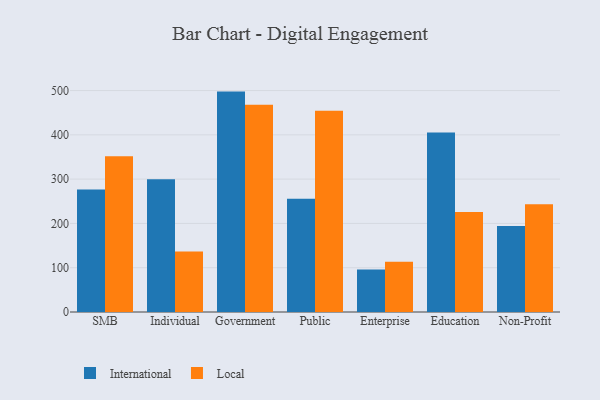
{"axis": {"x": "Segment", "y": "Production Output"}, "legend": ["International", "Local"], "data": [{"x": "SMB", "y": 276.4, "type": "International"}, {"x": "SMB", "y": 351.9, "type": "Local"}, {"x": "Individual", "y": 299.7, "type": "International"}, {"x": "Individual", "y": 136.5, "type": "Local"}, {"x": "Government", "y": 497.6, "type": "International"}, {"x": "Government", "y": 467.8, "type": "Local"}, {"x": "Public", "y": 255.7, "type": "International"}, {"x": "Public", "y": 454.1, "type": "Local"}, {"x": "Enterprise", "y": 96.0, "type": "International"}, {"x": "Enterprise", "y": 113.3, "type": "Local"}, {"x": "Education", "y": 405.2, "type": "International"}, {"x": "Education", "y": 225.9, "type": "Local"}, {"x": "Non-Profit", "y": 194.4, "type": "International"}, {"x": "Non-Profit", "y": 243.5, "type": "Local"}]}